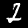
Label: 2